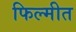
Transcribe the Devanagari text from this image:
फिल्मीत